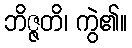
ဘိဇ္ဇတိ၊ ကွဲ၏။